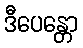
ဒီပေန္တော